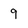
Character: 9